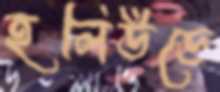
হলিউডে